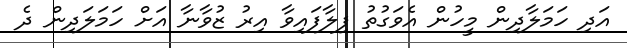
އަދި ހަމަލާދިން މީހުން އެވަގުތު ފިލާފައިވާ އިރު ޒުވާނާ އަށް ހަމަލަދިން ދެ